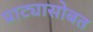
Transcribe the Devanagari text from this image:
प्राट्यासोबत